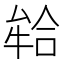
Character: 𭷪